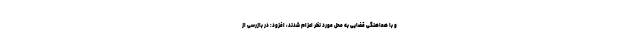
و با هماهنگی قضایی به محل مورد نظر اعزام شدند، افزود: در بازرسی از